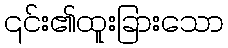
၎င်း၏ထူးခြားသော